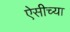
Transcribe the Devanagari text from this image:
ऐसीच्या